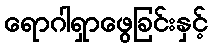
ရောဂါရှာဖွေခြင်းနှင့်